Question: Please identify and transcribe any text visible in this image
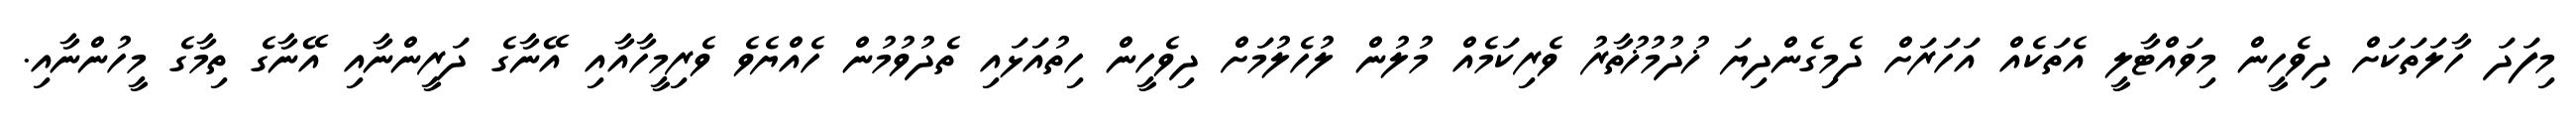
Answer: މިފަދަ ހާލަތަކަށް ދިވެހީން މިވައްޓާލީ އެތަކެއް އަހަރަށް ދެމިގެންދިޔަ ޚުދުމުޚުތާރު ވެރިކަމެއް މުލުން ލުހެލުމަށް ދިވެހީން ހިތުއަޅައި ތެދުވުމުން ހެއްޔެވެ ވެރިމީހާއާއި އޭނާގެ ދަރީންނާއި އޭނާގެ ތިމާގެ މީހުންނާއި.